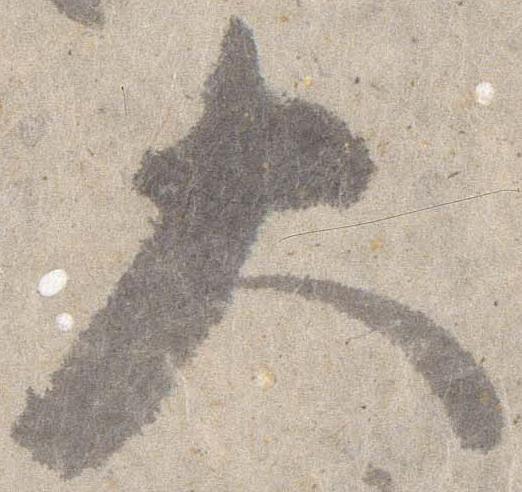
大